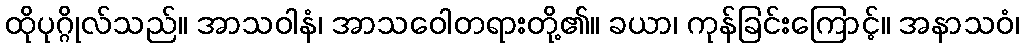
ထိုပုဂ္ဂိုလ်သည်။ အာသဝါနံ၊ အာသဝေါတရားတို့၏။ ခယာ၊ ကုန်ခြင်းကြောင့်။ အနာသဝံ၊